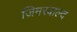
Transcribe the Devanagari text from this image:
जिमरवाल्द